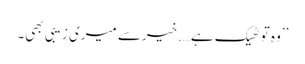
’’وہ تو ٹھیک ہے….خیرسے میری زیبی بھی۔